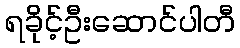
ရခိုင့်ဦးဆောင်ပါတီ